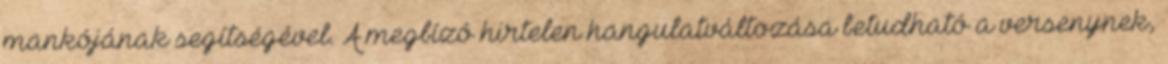
mankójának segítségével. A megbízó hirtelen hangulatváltozása betudható a versenynek,